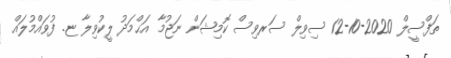
ތަފްސީލް 2020-10-12 ސިވިލް ސަރވިސް ކޮމިޝަން ނަޖުމާ އަޙްމަދު ލީކުވިލާ ޏ. ފުވައްމުލައް